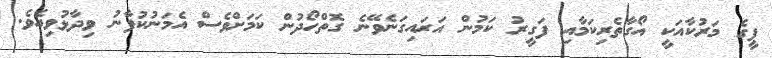
ޕީގެ މަރުކާއަކީ އޯގާތެރިކަމާއި ފަގީރު ކަމުން އަރައިގަނެވޭނެ ގޮތްހޯދުން ކަމަށްވެސް އެމަނުކުފާނު ވިދާޅުވިއެވެ.